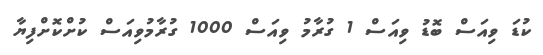
ކުޑަ ވިއަސް ބޮޑު ވިއަސް 1 ގުރާމު ވިއަސް 1000 ގުރާމުވިއަސް ކުށްކޮށްފިޔާ